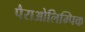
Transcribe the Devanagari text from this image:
पैराओलिम्पिक